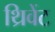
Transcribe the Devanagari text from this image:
थ्रिवेंट